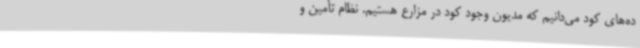
ده‌های کود می‌دانیم که مدیون وجود کود در مزارع هستیم. نظام تأمین و